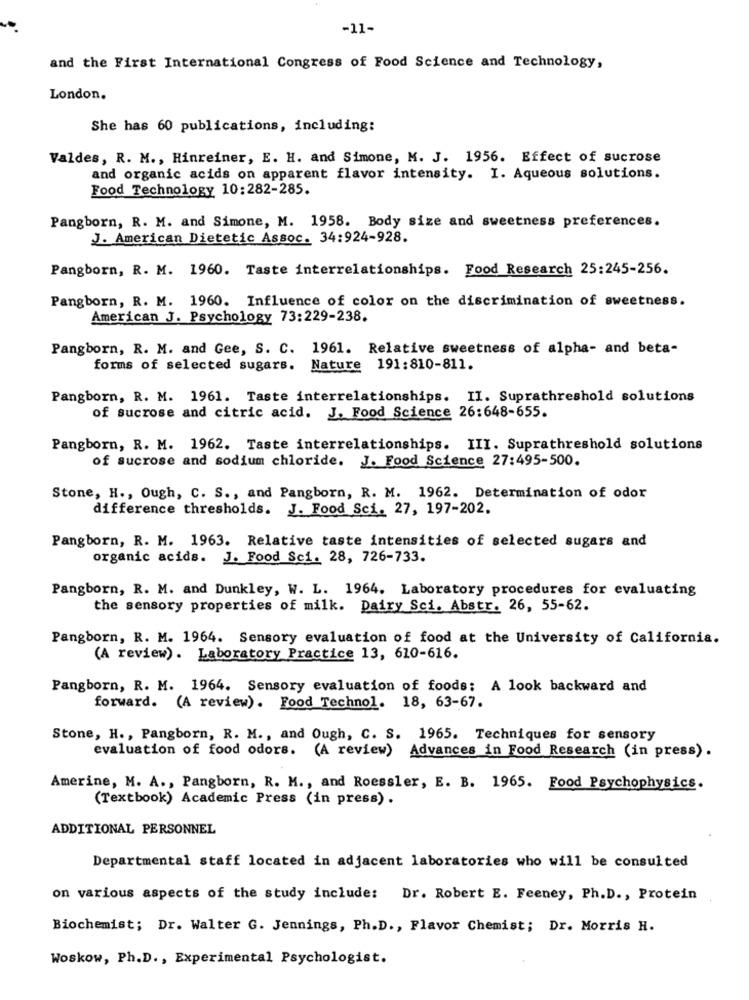
-11-
and the First International Congress of Food Science and Technology,
London.
She has 60 publications, including:
Valdes, R. M ., Hinreiner, E. H. and Simone, M. J. 1956. Effect of sucrose
and organic acids on apparent flavor intensity. I. Aqueous solutions.
Food Technology 10:282-285.
Pangborn, R. M. and Simone, M. 1958. Body size and sweetness preferences.
J. American Dietetic Assoc. 34:924-928.
Pangborn, R. M. 1960. Taste interrelationships. Food Research 25:245-256.
Pangborn, R. M. 1960. Influence of color on the discrimination of sweetness.
American J. Psychology 73:229-238.
Pangborn, R. M. and Gee, S. C. 1961. Relative sweetness of alpha- and beta-
forms of selected sugars. Nature 191:810-811.
Pangborn, R. M. 1961. Taste interrelationships. II. Suprathreshold solutions
of sucrose and citric acid. J. Food Science 26:648-655.
Pangborn, R. M. 1962. Taste interrelationships. III. Suprathreshold solutions
of sucrose and sodium chloride. J. Food Science 27:495-500.
Stone, H ., Ough, C. S ., and Pangborn, R. M. 1962. Determination of odor
difference thresholds. J. Food Sci. 27, 197-202.
Pangborn, R. M. 1963. Relative taste intensities of selected sugars and
organic acids. J. Food Sci. 28, 726-733.
Pangborn, R. M. and Dunkley, W. L. 1964. Laboratory procedures for evaluating
the sensory properties of milk. Dairy Sci. Abstr. 26, 55-62.
Pangborn, R. M. 1964. Sensory evaluation of food at the University of California.
(A review). Laboratory Practice 13, 610-616.
Pangborn, R. M. 1964. Sensory evaluation of foods; A look backward and
forward. (A review). Food Technol. 18, 63-67.
Stone, H ., Pangborn, R. M ., and Ough, C. S. 1965. Techniques for sensory
evaluation of food odors. (A review) Advances in Food Research (in press) .
Amerine, M. A ., Pangborn, R. M ., and Roessler, E. B. 1965. Food Psychophysics.
(Textbook) Academic Press (in press) .
ADDITIONAL PERSONNEL
Departmental staff located in adjacent laboratories who will be consulted
on various aspects of the study include: Dr. Robert E. Feeney, Ph.D ., Protein
Biochemist; Dr. Walter G. Jennings, Ph.D ., Flavor Chemist; Dr. Morris H.
Woskow, Ph.D ., Experimental Psychologist.